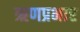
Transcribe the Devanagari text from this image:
ऋणप्रभार